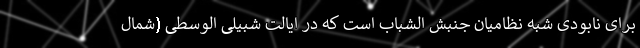
برای نابودی شبه نظامیان جنبش الشباب است که در ایالت شبیلی الوسطی (شمال